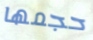
حجمها